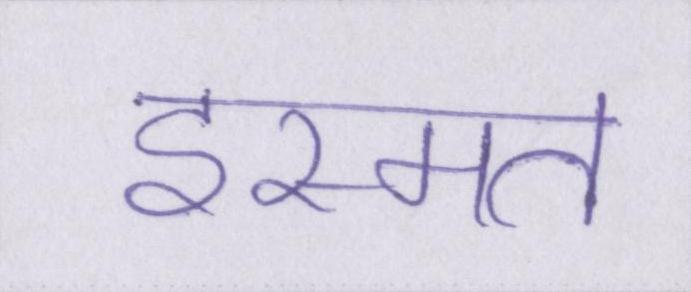
इस्मत